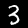
Digit: 3